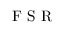
\mathrm { ~ F ~ S ~ R ~ }